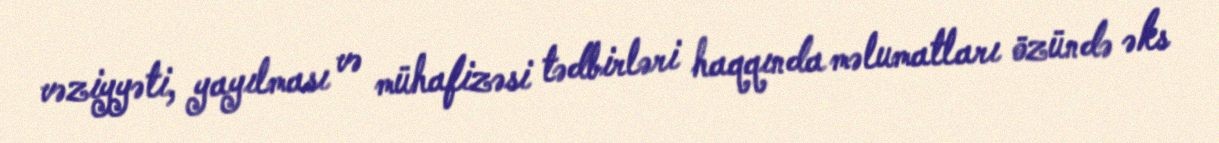
vəziyyəti, yayılması və mühafizəsi tədbirləri haqqında məlumatları özündə əks